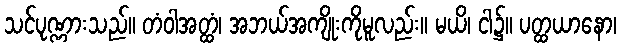
သင်ပုဏ္ဏားသည်။ တံဝါအတ္ထံ၊ အဘယ်အကျိုးကိုမူလည်း။ မယိ၊ ငါ၌။ ပတ္ထယာနော၊